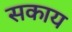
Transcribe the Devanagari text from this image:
सकाय